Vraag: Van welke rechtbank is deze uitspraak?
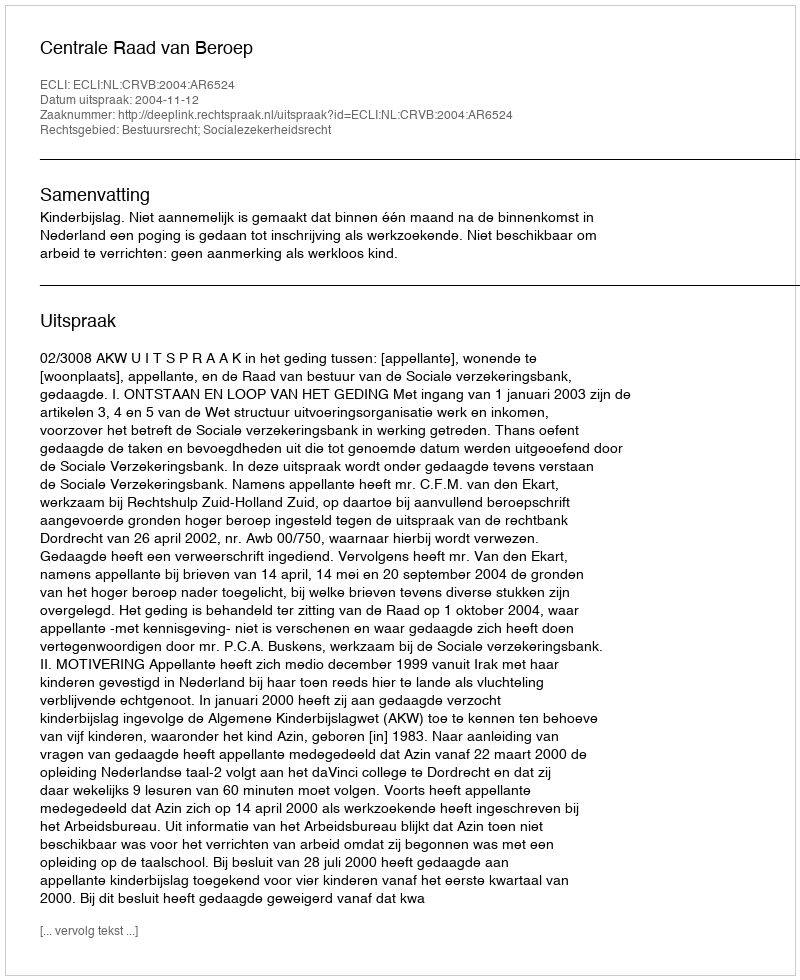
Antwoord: Centrale Raad van Beroep